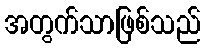
အတွက်သာဖြစ်သည်